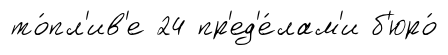
то́пл'ив'е 24 пр'ед'е́лам'и б'юро́